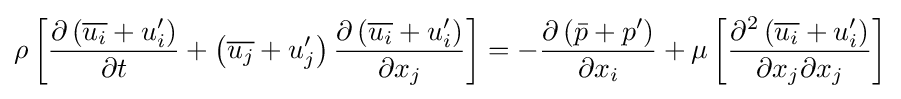
\rho \left[{\frac {\partial \left({\overline {u_{i}}}+u_{i}'\right)}{\partial t}}+\left({\overline {u_{j}}}+u_{j}'\right){\frac {\partial \left({\overline {u_{i}}}+u_{i}'\right)}{\partial x_{j}}}\right]=-{\frac {\partial \left({\bar {p}}+p'\right)}{\partial x_{i}}}+\mu \left[{\frac {\partial ^{2}\left({\overline {u_{i}}}+u_{i}'\right)}{\partial x_{j}\partial x_{j}}}\right]